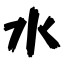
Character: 水